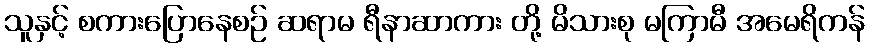
သူနှင့် စကားပြောနေစဉ် ဆရာမ ရီနာဆာကား တို့ မိသားစု မကြာမီ အမေရိကန်